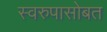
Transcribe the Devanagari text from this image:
स्वरुपासोबत